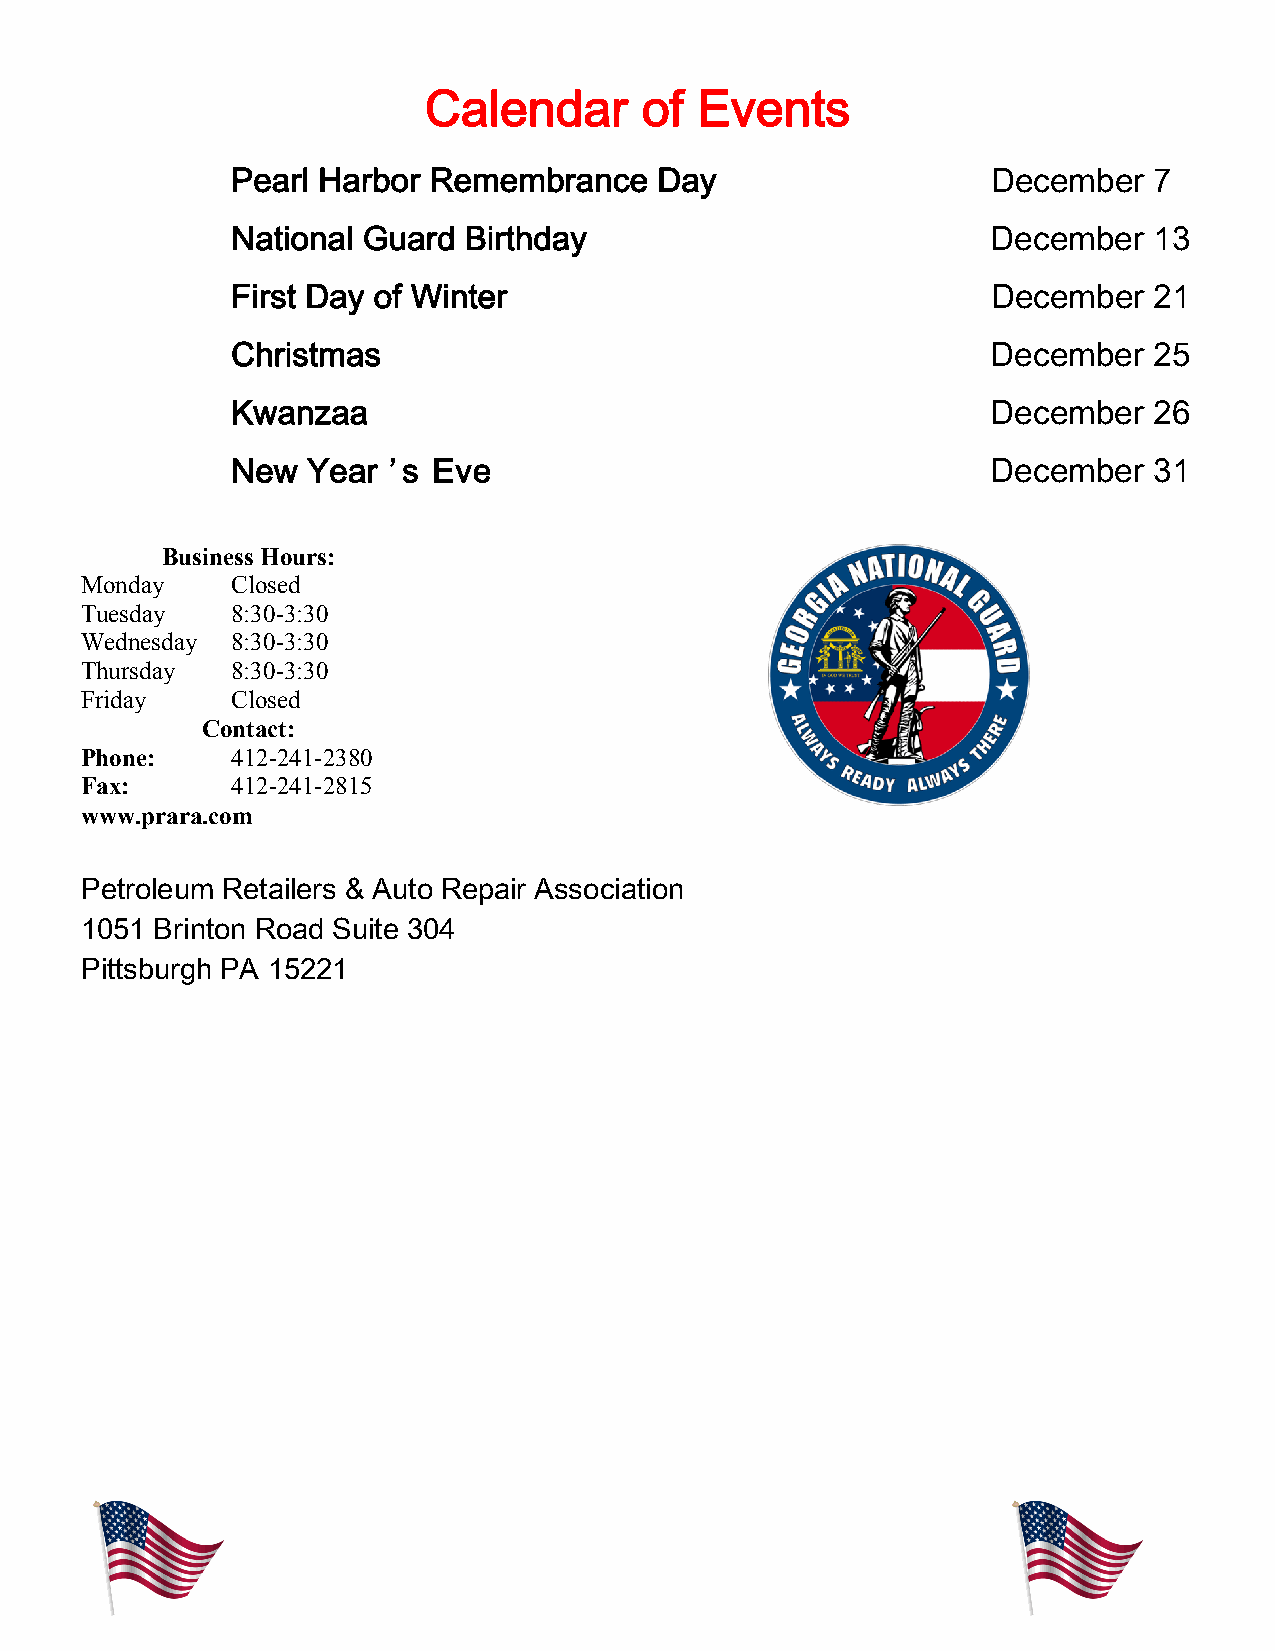
PRARA NEWS                                                       December 2021
 Calendar      of  Events
 Pearl Harbor Remembrance     Day                   December  7
 National Guard  Birthday                           December  13
 First Day of Winter                                December  21
 Christmas                                          December  25
 Kwanzaa                                            December  26
 New  Year  ’s Eve                                  December  31
 Business Hours:
 Monday    Closed
 Tuesday   8:30-3:30
 Wednesday 8:30-3:30
 Thursday  8:30-3:30
 Friday    Closed
 Contact:
 Phone:    412-241-2380
 Fax:      412-241-2815
 www.prara.com
 Petroleum Retailers & Auto Repair Association
 1051 Brinton Road Suite 304
 Pittsburgh PA 15221
 12